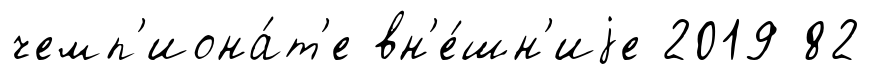
чемп'иона́т'е вн'е́шн'иjе 2019 82